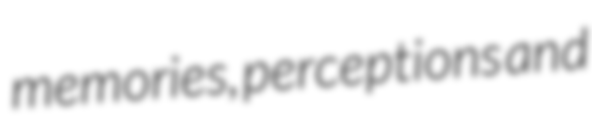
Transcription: memories, perceptions and